Source: Computer-generated
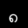
Digit: ၈ (8)